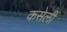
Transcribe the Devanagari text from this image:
कसेली